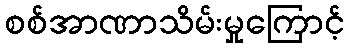
စစ်အာဏာသိမ်းမှုကြောင့်